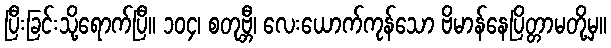
ပြီးခြင်းသို့ရောက်ပြီ။ ၁၀၄၊ စတုဗ္ဘီ၊ လေးယောက်ကုန်သော ဗိမာန်နေပြိတ္တာမတို့မှ။